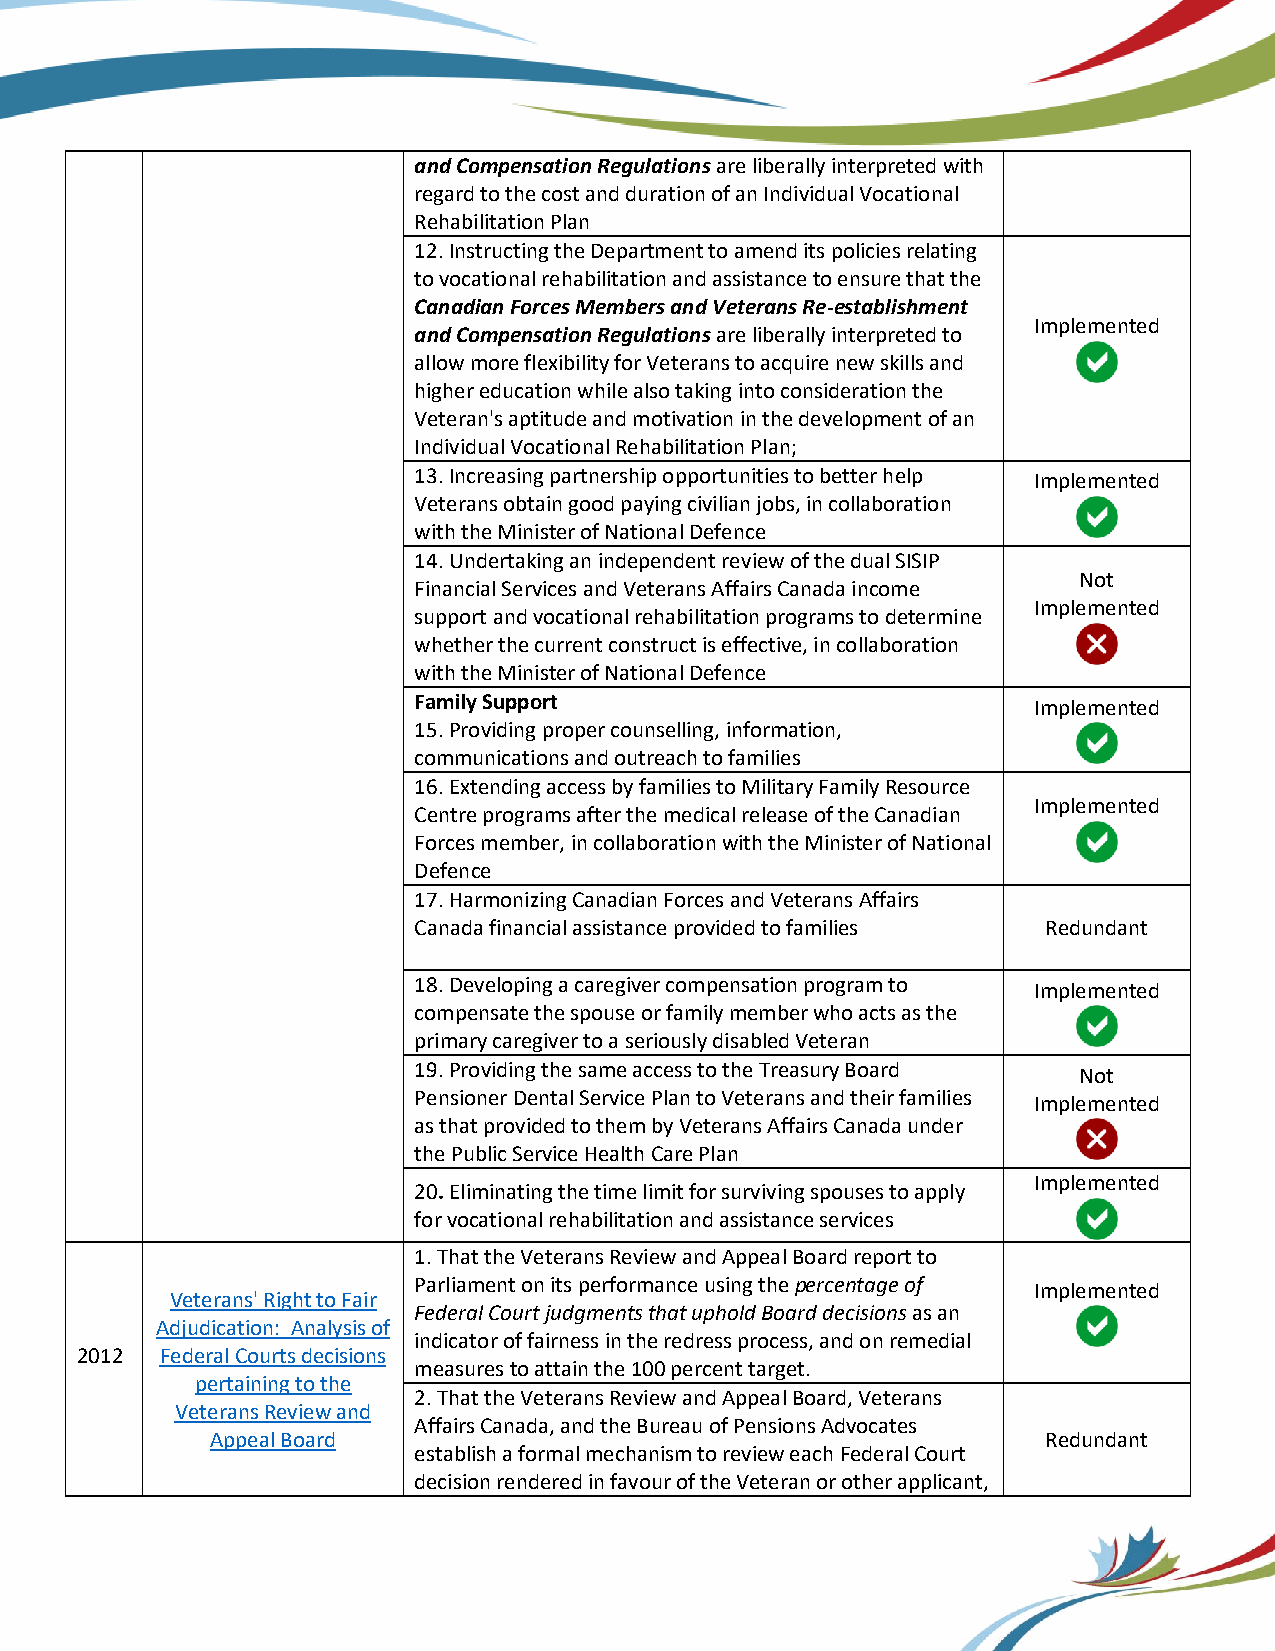
and Compensation Regulations are liberally interpreted with
 regard to the cost and duration of an Individual Vocational
 Rehabilitation Plan
 12. Instructing the Department to amend its policies relating
 to vocational rehabilitation and assistance to ensure that the
 Canadian Forces Members and Veterans Re-establishment
 Implemented
 and Compensation Regulations are liberally interpreted to
 allow more flexibility for Veterans to acquire new skills and
 higher education while also taking into consideration the
 Veteran's aptitude and motivation in the development of an
 Individual Vocational Rehabilitation Plan;
 13. Increasing partnership opportunities to better help Implemented
 Veterans obtain good paying civilian jobs, in collaboration
 with the Minister of National Defence
 14. Undertaking an independent review of the dual SISIP
 Not
 Financial Services and Veterans Affairs Canada income
 Implemented
 support and vocational rehabilitation programs to determine
 whether the current construct is effective, in collaboration
 with the Minister of National Defence
 Family Support                           Implemented
 15. Providing proper counselling, information,
 communications and outreach to families
 16. Extending access by families to Military Family Resource
 Implemented
 Centre programs after the medical release of the Canadian
 Forces member, in collaboration with the Minister of National
 Defence
 17. Harmonizing Canadian Forces and Veterans Affairs
 Canada financial assistance provided to families Redundant
 18. Developing a caregiver compensation program to Implemented
 compensate the spouse or family member who acts as the
 primary caregiver to a seriously disabled Veteran
 19. Providing the same access to the Treasury Board Not
 Pensioner Dental Service Plan to Veterans and their families Implemented
 as that provided to them by Veterans Affairs Canada under
 the Public Service Health Care Plan
 Implemented
 20. Eliminating the time limit for surviving spouses to apply
 for vocational rehabilitation and assistance services
 1. That the Veterans Review and Appeal Board report to
 Parliament on its performance using the percentage of Implemented
 Veterans' Right to Fair
 Federal Court judgments that uphold Board decisions as an
 Adjudication: Analysis of
 indicator of fairness in the redress process, and on remedial
 2012  Federal Courts decisions
 measures to attain the 100 percent target.
 pertaining to the
 2. That the Veterans Review and Appeal Board, Veterans
 Veterans Review and
 Affairs Canada, and the Bureau of Pensions Advocates
 Appeal Board                                           Redundant
 establish a formal mechanism to review each Federal Court
 decision rendered in favour of the Veteran or other applicant,